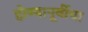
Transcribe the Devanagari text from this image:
होण्यापूर्वीचा